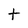
Character: t